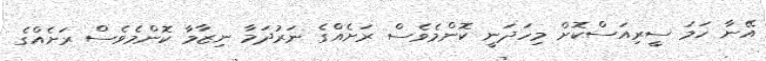
އޭނާ ހަމަ ސީރިއަސްކޮށް މިހަދަނީ ކޮންމެވެސް ރަށެއްގެ ނަރުދަމާ ނިޒާމާ ކޮންމެވެސް ރަށެއްގެ